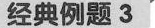
经典例题3